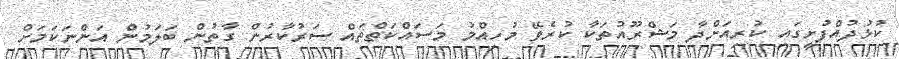
ކުޅުދުއްފުށީގައި ކުރިއަށްދާ މަޝްރޫއުތަކާ ކުރެވޭ މުހިއްމު މަސައްކަތްތައް ސަރުކާރުން ގާތުން ބަލަމުން އަންނަކަމަށް